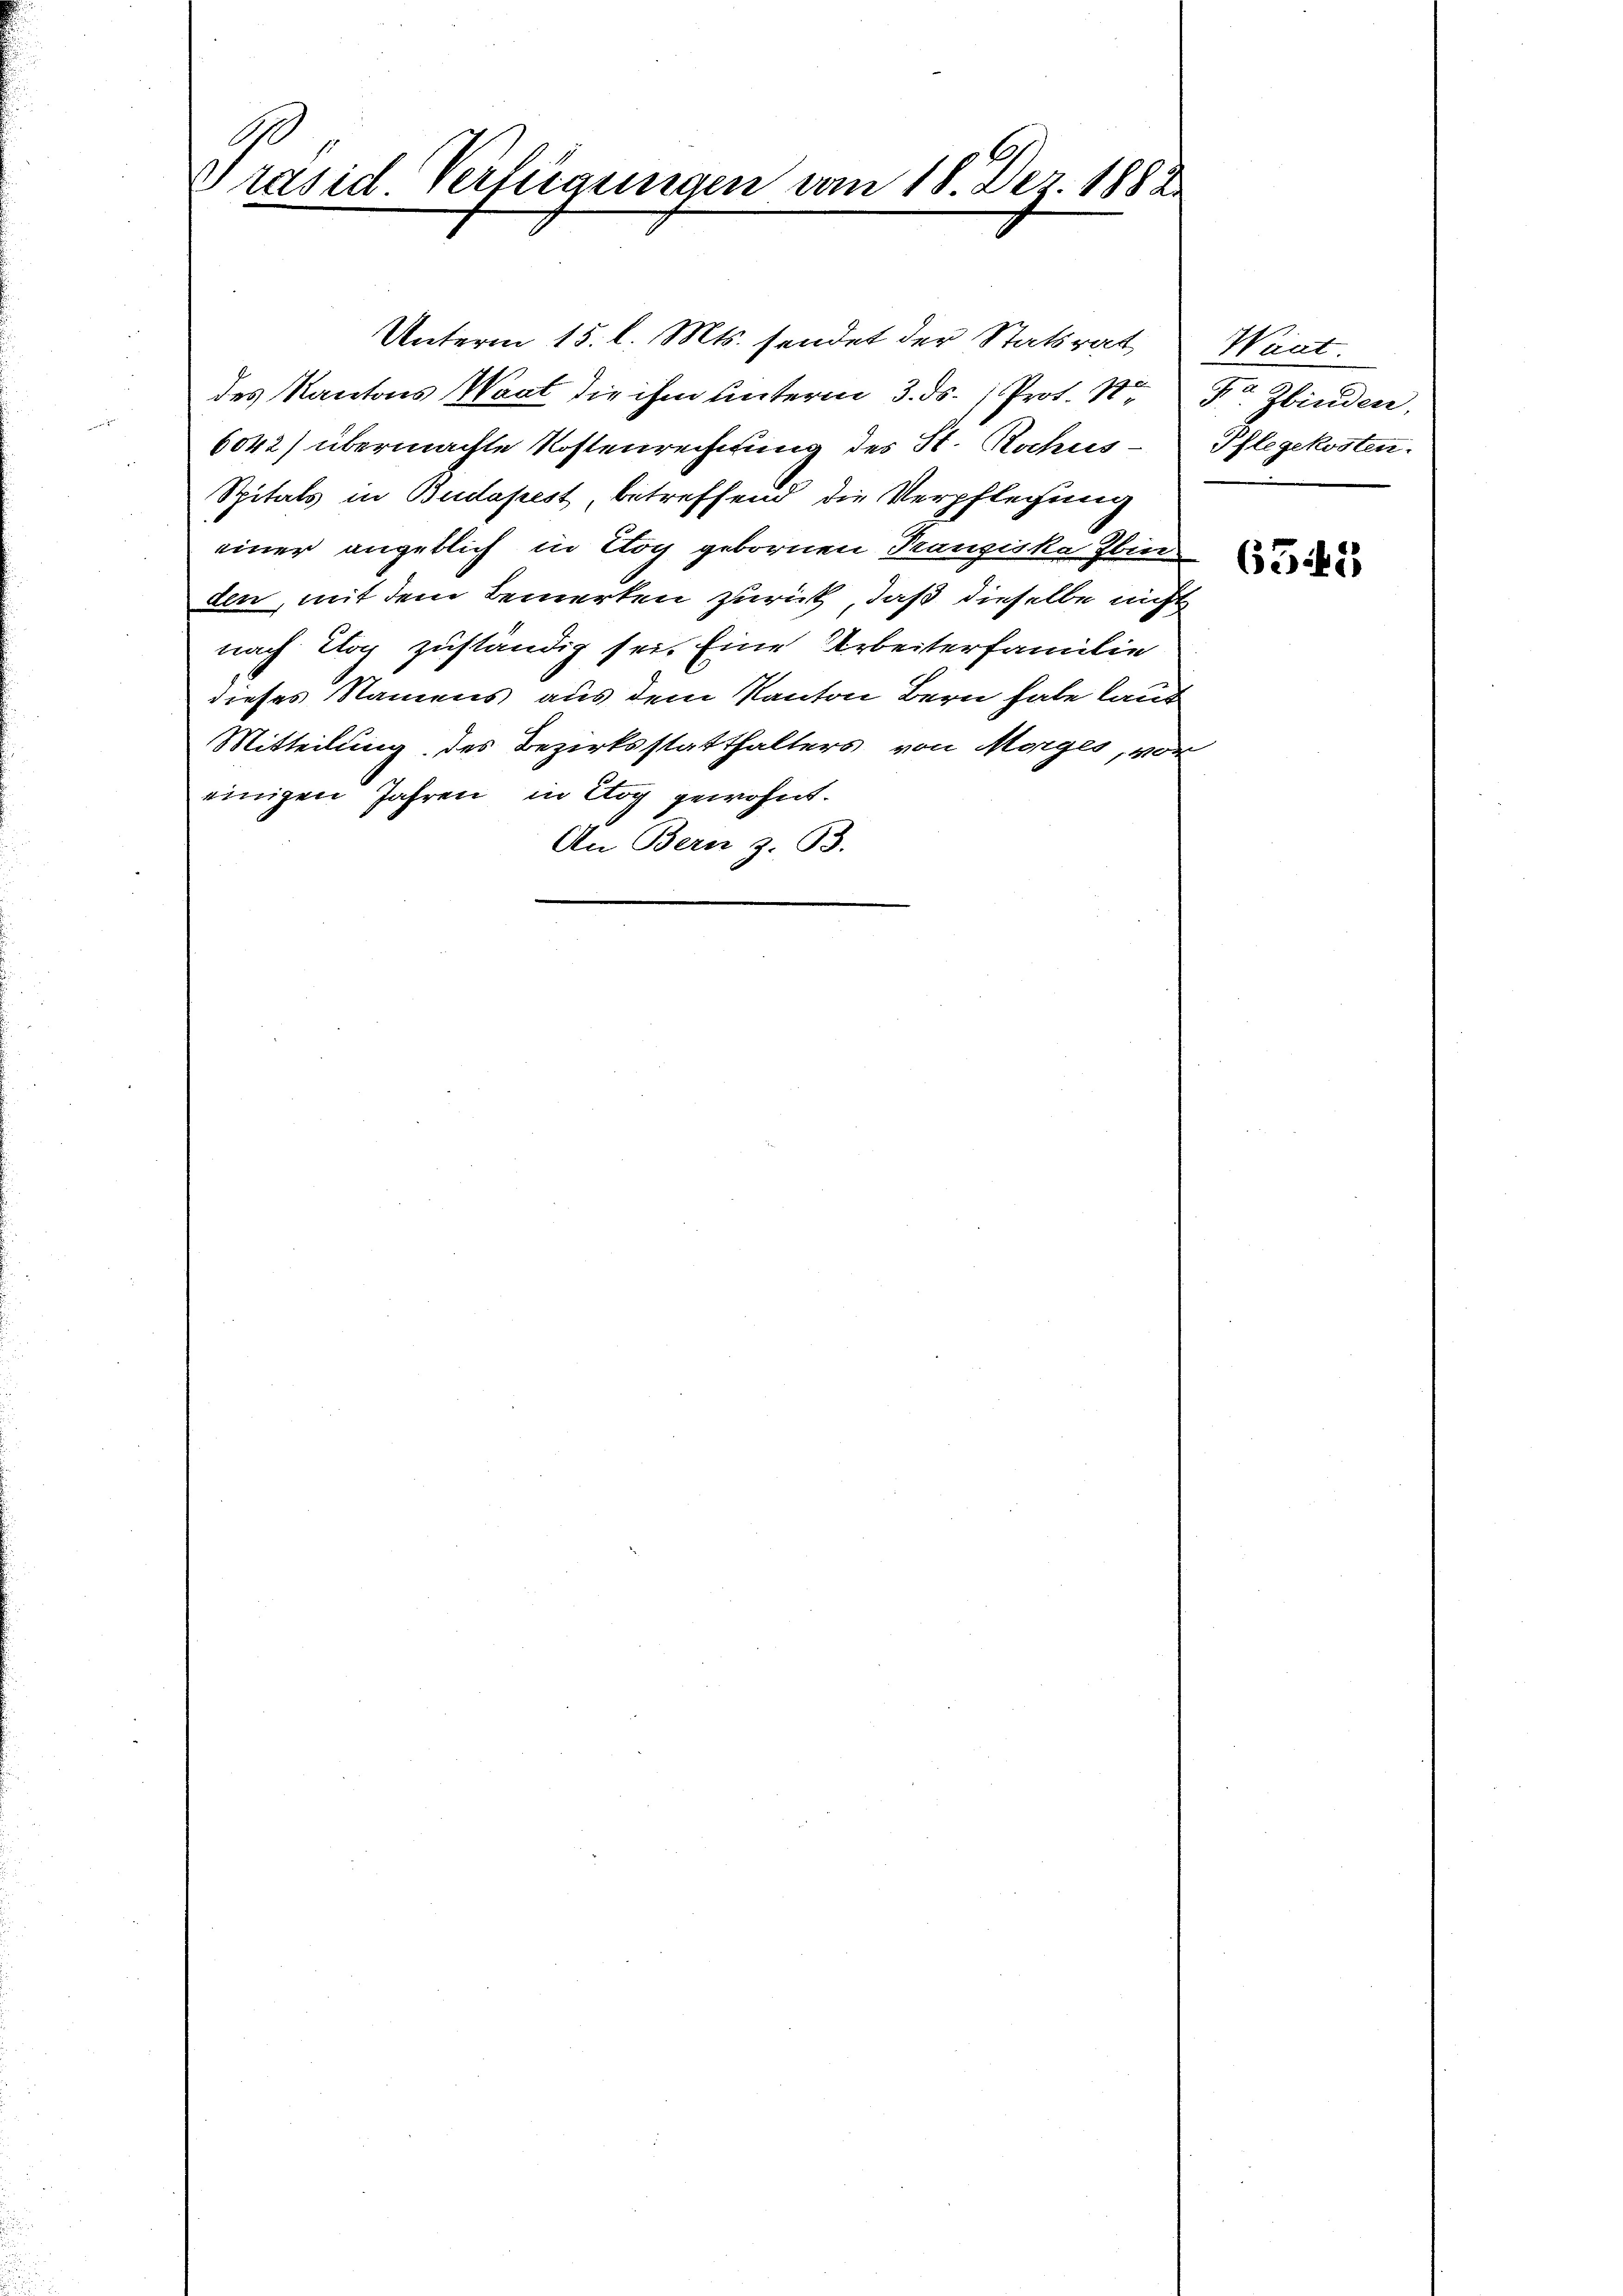
1.
Präsid. Verfügungen vom 18. Dez. 1882

Unterm 15. l. Mts. sendet der Statsrat
des Kantons Waat die ihm unterm 3. ds. 1. Prof. 18
6042) übermachte Kostenrechnung des St. Rochus-
Spitals in Budapest, betreffend die Verpflegung
einer angeblich in Cog gebornen Franziska Ebin
den, mit dem Bemerken zurück, daß dieselbe nicht
nach Tag zuständig sei. Eine Arbeiterfamilie
dieses Namens aus dem Kanton Bern habe laut
Mitteilung des Bezirksstatthalters von Morges, vor
einigen Jahren in Log gewohnt.
An Bern z. B.

Went
Fr Zbinden,
Pflegekosten.

635